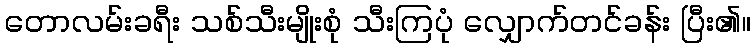
တောလမ်းခရီး သစ်သီးမျိုးစုံ သီးကြပုံ လျှောက်တင်ခန်း ပြီး၏။